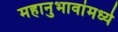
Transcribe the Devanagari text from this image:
महानुभावांमध्ये